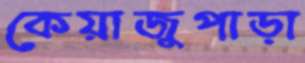
কেয়াজুপাড়া